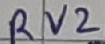
Text: RV2